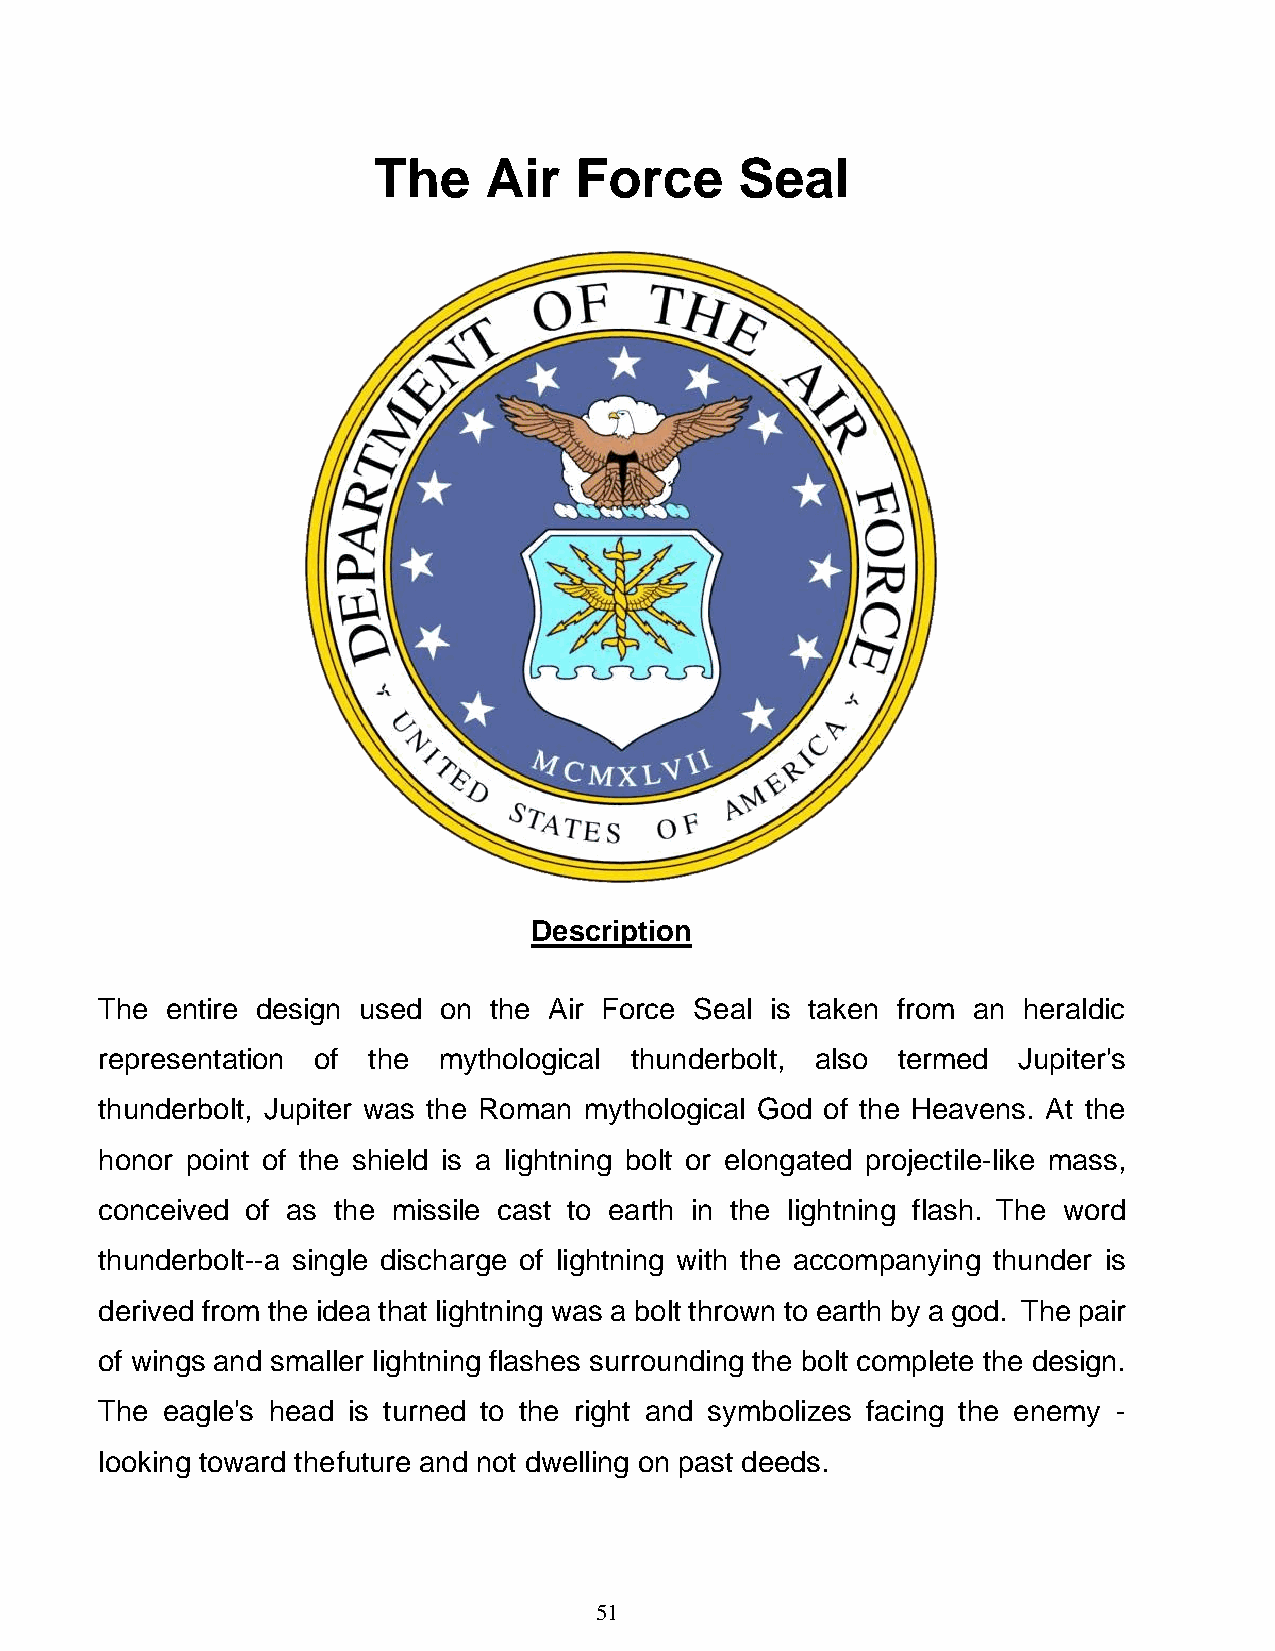
The    Air   Force      Seal
 Description
 The entire design used on the Air Force Seal is taken from an heraldic
 representation of the mythological thunderbolt, also termed Jupiter's
 thunderbolt, Jupiter was the Roman mythological God of the Heavens. At the
 honor point of the shield is a lightning bolt or elongated projectile-like mass,
 conceived of as the missile cast to earth in the lightning flash. The word
 thunderbolt--a single discharge of lightning with the accompanying thunder is
 derived from the idea that lightning was a bolt thrown to earth by a god. The pair
 of wings and smaller lightning flashes surrounding the bolt complete the design.
 The eagle's head is turned to the right and symbolizes facing the enemy -
 looking toward the future and not dwelling on past deeds.
 51